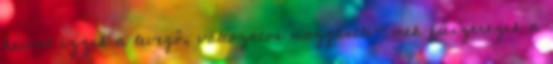
hévvel izzik a levegő, változatos mozgásele- mek fűszerezik a